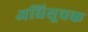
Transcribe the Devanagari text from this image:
अधिसूचक